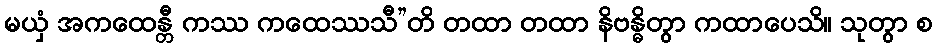
မယှံ အကထေန္တီ ကဿ ကထေဿသီ”တိ တထာ တထာ နိဗန္ဓိတွာ ကထာပေသိ။ သုတွာ စ